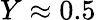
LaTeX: Y\approx 0.5